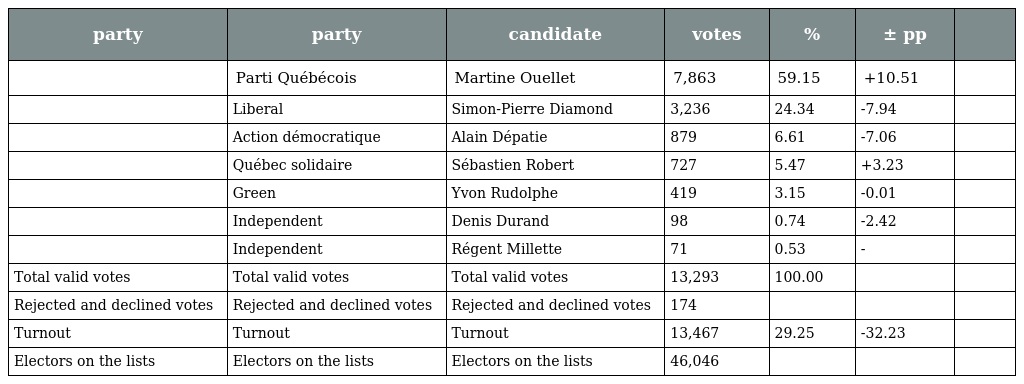
| party | party | candidate | votes | % | ± pp |  |
 | --- | --- | --- | --- | --- | --- | --- |
 |  | Parti Québécois | Martine Ouellet | 7,863 | 59.15 | +10.51 |  |
 |  | Liberal | Simon-Pierre Diamond | 3,236 | 24.34 | -7.94 |  |
 |  | Action démocratique | Alain Dépatie | 879 | 6.61 | -7.06 |  |
 |  | Québec solidaire | Sébastien Robert | 727 | 5.47 | +3.23 |  |
 |  | Green | Yvon Rudolphe | 419 | 3.15 | -0.01 |  |
 |  | Independent | Denis Durand | 98 | 0.74 | -2.42 |  |
 |  | Independent | Régent Millette | 71 | 0.53 | - |  |
 | Total valid votes | Total valid votes | Total valid votes | 13,293 | 100.00 |  |  |
 | Rejected and declined votes | Rejected and declined votes | Rejected and declined votes | 174 |  |  |  |
 | Turnout | Turnout | Turnout | 13,467 | 29.25 | -32.23 |  |
 | Electors on the lists | Electors on the lists | Electors on the lists | 46,046 |  |  |  |